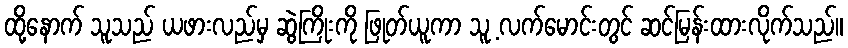
ထို့နောက် သူသည် ယဖားလည်မှ ဆွဲကြိုးကို ဖြုတ်ယူကာ သူ့ လက်မောင်းတွင် ဆင်မြန်းထားလိုက်သည်။